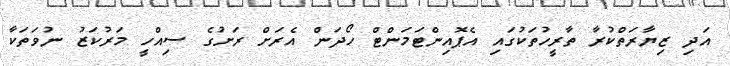
އަދި ޒިޔާރަތްކުރާ ތާރީހުތަކުގައި އެޕޮއިންޓަމަންޓް ހޯދަން އެރަށް ރަށުގެ ސިއްހީ މަރުކަޒު ނުވަތަކާ